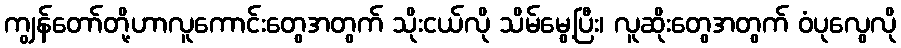
ကျွန်တော်တို့ဟာလူကောင်းတွေအတွက် သိုးငယ်လို သိမ်မွေ့ပြီး၊ လူဆိုးတွေအတွက် ဝံပုလွေလို